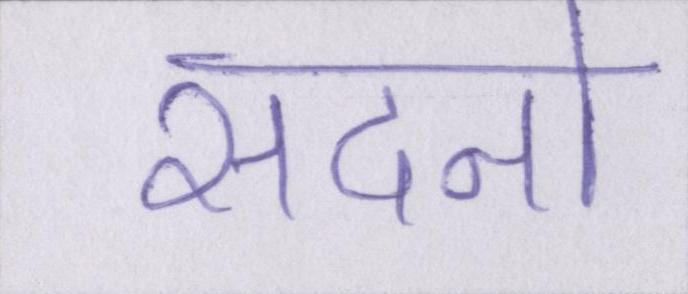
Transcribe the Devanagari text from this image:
सदनो